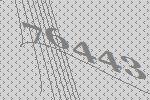
76443